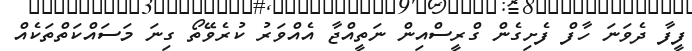
ފީފާ ދެވަނަ ހާފް ފެށިގެން ގްރީސްއިން ނަތީއްޖާ އެއްވަރު ކުރެވޭތޯ ގިނަ މަސައްކަތްތަކެއް